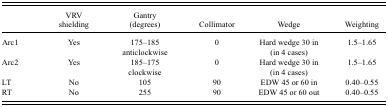
|  | VRV shielding | Gantry (degrees) | Collimator | Wedge | Weighting |
 | --- | --- | --- | --- | --- | --- |
 | Arc1 | Yes | 175–185 anticlockwise | 0 | Hard wedge 30 in (in 4 cases) | 1.5–1.65 |
 | Arc2 | Yes | 185–175 clockwise | 0 | Hard wedge 30 in (in 4 cases) | 1.5–1.65 |
 | LT | No | 105 | 90 | EDW 45 or 60 in | 0.40–0.55 |
 | RT | No | 255 | 90 | EDW 45 or 60 out | 0.40–0.55 |